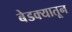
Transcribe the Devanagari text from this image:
बेडक्यातून